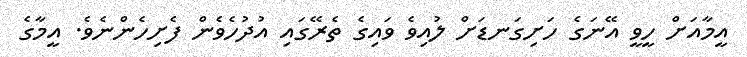
އީމާއަށް ހީވީ އޭނަގެ ހަށިގަނޑަށް ލުއިވެ ވައިގެ ތެރޭގައި އުދުހެވެން ފެށިހެންނެވެ. އީމާގެ